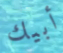
أبيك